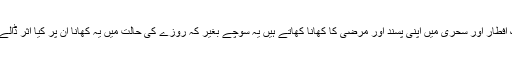
لوگ افطار اور سحری میں اپنی پسند اور مرضی کا کھانا کھاتے ہیں یہ سوچے بغیر کہ روزے کی حالت میں یہ کھانا ان پر کیا اثر ڈالے گا ۔